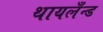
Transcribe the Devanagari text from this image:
थायलँन्ड